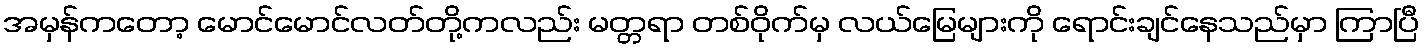
အမှန်ကတော့ မောင်မောင်လတ်တို့ကလည်း မတ္တရာ တစ်ဝိုက်မှ လယ်မြေများကို ရောင်းချင်နေသည်မှာ ကြာပြီ